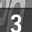
Digit: 3